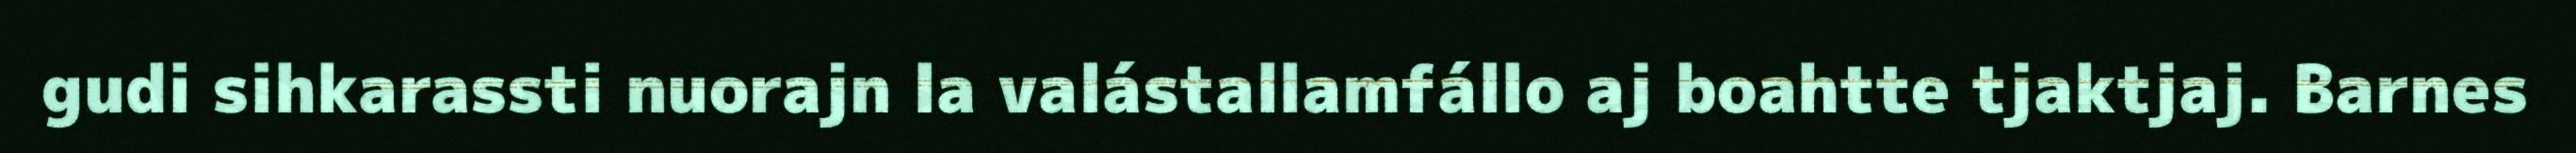
gudi sihkarassti nuorajn la valástallamfállo aj boahtte tjaktjaj. Barnes